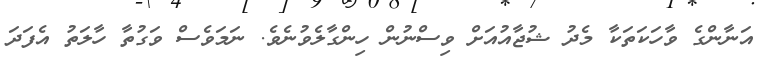
އަނާންގެ ވާހަކަތަކާ މެދު ޝުޖާއުއަށް ވިސްނުން ހިންގާލެވުނެވެ. ނަމަވެސް ވަގުތާ ހާލަތު އެފަދަ